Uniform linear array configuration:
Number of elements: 12
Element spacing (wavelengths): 0.5
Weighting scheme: kaiser
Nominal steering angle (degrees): -60
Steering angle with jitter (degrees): -58.011
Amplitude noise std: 0.05
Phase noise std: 0.05

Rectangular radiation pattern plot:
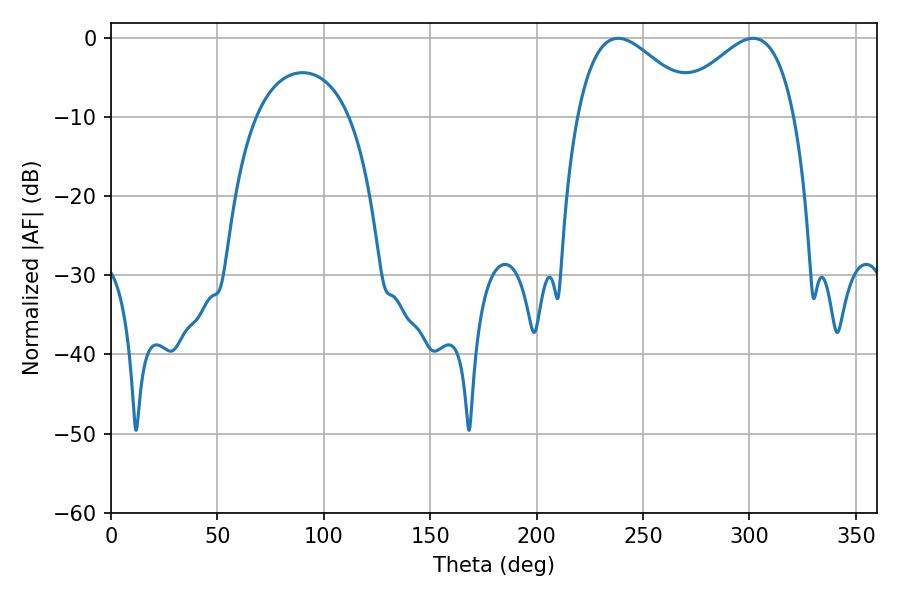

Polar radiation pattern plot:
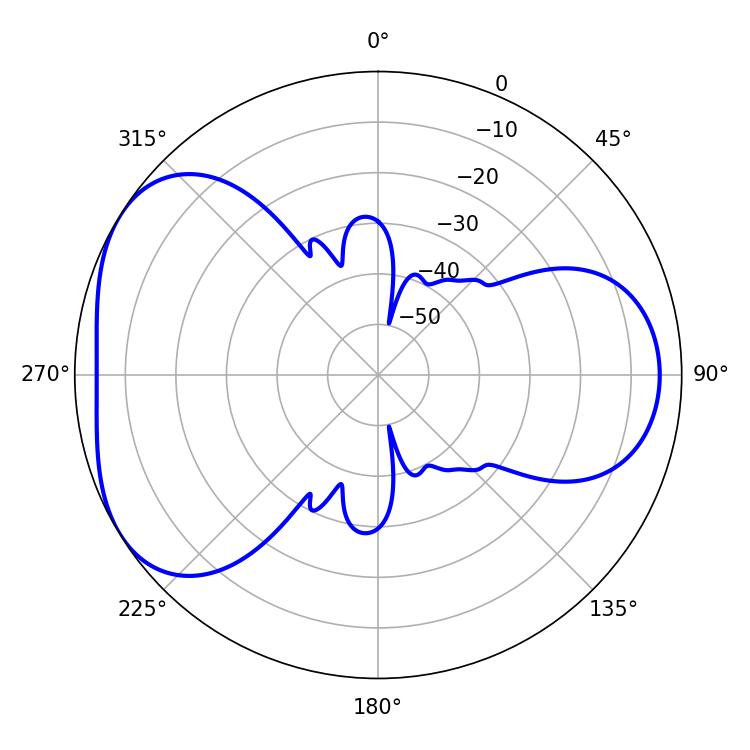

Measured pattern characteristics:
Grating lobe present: FALSE
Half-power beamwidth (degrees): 30.6
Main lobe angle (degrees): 238.32